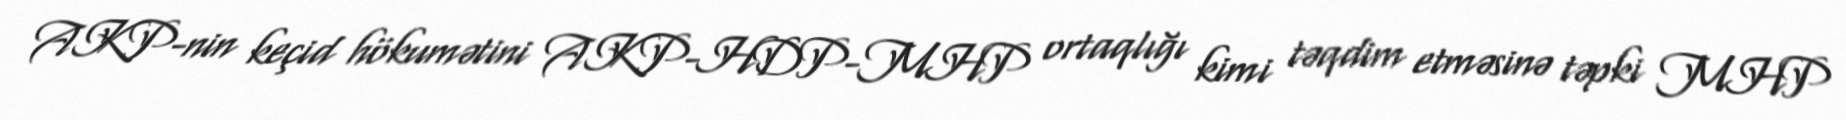
AKP-nin keçid hökumətini AKP-HDP-MHP ortaqlığı kimi təqdim etməsinə təpki MHP